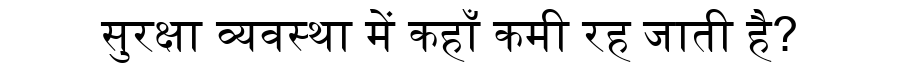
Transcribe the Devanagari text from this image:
सुरक्षा व्यवस्था में कहाँ कमी रह जाती है?